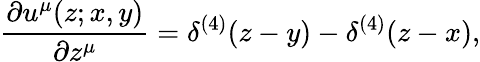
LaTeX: \frac{\partial u^{\mu}(z;x,y)}{\partial z^{\mu}}=\delta^{(4)}(z-y)-\delta^{(4)}(z-x),